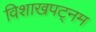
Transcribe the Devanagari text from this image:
विशाखपट्‌नम